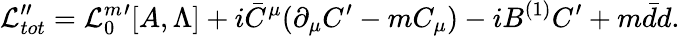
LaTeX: {\cal L}_{tot}^{\prime\prime}={\cal L}_{0}^{m}{}^{\prime}[A,\Lambda]+i\bar{C}^{\mu}(\partial_{\mu}C^{\prime}-mC_{\mu})-iB^{(1)}C^{\prime}+m\bar{d}d.